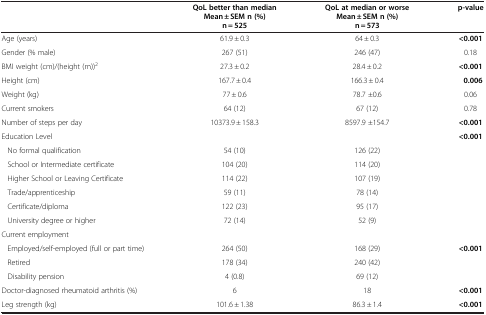
|  | QoL better than median Mean ± SEM n (%) n = 525 | QoL at median or worse Mean ± SEM n (%) n = 573 | p-value |
 | --- | --- | --- | --- |
 | Age (years) | 61.9 ± 0.3 | 64 ± 0.3 | <0.001 |
 | Gender (% male) | 267 (51) | 246 (47) | 0.18 |
 | BMI weight (cm)/(height (m))2 | 27.3 ± 0.2 | 28.4 ± 0.2 | <0.001 |
 | Height (cm) | 167.7 ± 0.4 | 166.3 ± 0.4 | 0.006 |
 | Weight (kg) | 77 ± 0.6 | 78.7 ±0.6 | 0.06 |
 | Current smokers | 64 (12) | 67 (12) | 0.78 |
 | Number of steps per day | 10373.9 ± 158.3 | 8597.9 ±154.7 | <0.001 |
 | Education Level |  |  | <0.001 |
 | No formal qualification | 54 (10) | 126 (22) |  |
 | School or Intermediate certificate | 104 (20) | 114 (20) |  |
 | Higher School or Leaving Certificate | 114 (22) | 107 (19) |  |
 | Trade/apprenticeship | 59 (11) | 78 (14) |  |
 | Certificate/diploma | 122 (23) | 95 (17) |  |
 | University degree or higher | 72 (14) | 52 (9) |  |
 | Current employment |  |  |  |
 | Employed/self-employed (full or part time) | 264 (50) | 168 (29) | <0.001 |
 | Retired | 178 (34) | 240 (42) |  |
 | Disability pension | 4 (0.8) | 69 (12) |  |
 | Doctor-diagnosed rheumatoid arthritis (%) | 6 | 18 | <0.001 |
 | Leg strength (kg) | 101.6 ± 1.38 | 86.3 ± 1.4 | <0.001 |